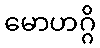
မောဟဂ္ဂိ